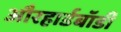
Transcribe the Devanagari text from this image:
औरहार्डबॉडी